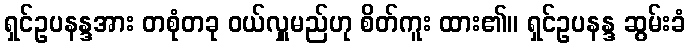
ရှင်ဥပနန္ဒအား တစုံတခု ဝယ်လှူမည်ဟု စိတ်ကူး ထား၏။ ရှင်ဥပနန္ဒ ဆွမ်းခံ